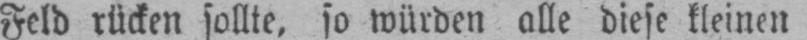
Feld rücken sollte, so würden alle diese kleinen